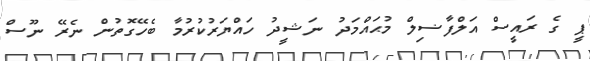
ޕީ ގެ ރައީސް އަލްފާޟިލް މުޙައްމަދު ނަޝީދު ހައްޔަރުކުރުމާ ބެހޭގޮތުން ނެރޭ ނޫސް